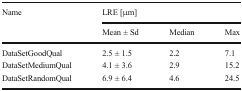
| <ROWSPAN=2> Name | <COLSPAN=3> LRE [μm] |
 | Mean ± Sd | Median | Max |
 | --- | --- | --- | --- |
 | DataSetGoodQual | 2.5 ± 1.5 | 2.2 | 7.1 |
 | DataSetMediumQual | 4.1 ± 3.6 | 2.9 | 15.2 |
 | DataSetRandomQual | 6.9 ± 6.4 | 4.6 | 24.5 |